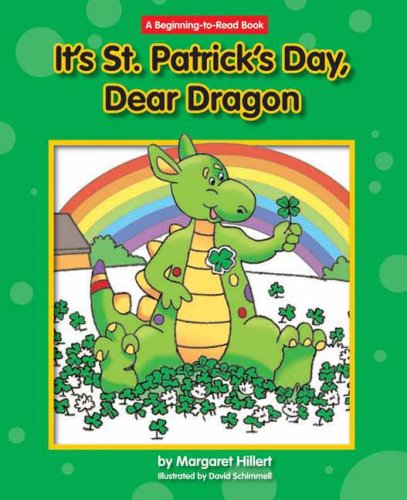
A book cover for It's St. Patrick's Day, Dear Dragon (Beginning-To-Read Books); Margaret Hillert; Children's Books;